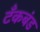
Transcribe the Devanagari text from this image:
टॅंकबंड